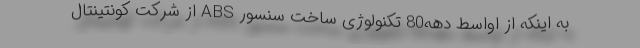
به اینکه از اواسط دهه80 تکنولوژی ساخت سنسور ABS از شرکت کونتینتال